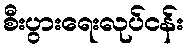
စီးပွားရေးလုပ်ငန်း